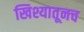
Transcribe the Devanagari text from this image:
खिश्यातूनच